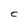
Character: C